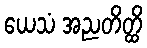
ယေသံ အညတိတ္ထိ